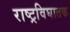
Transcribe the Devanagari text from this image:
राष्ट्रविघातक